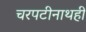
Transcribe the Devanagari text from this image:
चरपटीनाथही